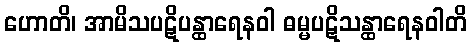
ဟောတိ၊ အာမိသပဋိပန္ထာရေနဝါ ဓမ္မပဋိသန္ထာရေနဝါတိ